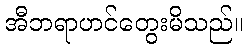
အီဘရာဟင်တွေးမိသည်။